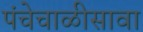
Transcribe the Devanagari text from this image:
पंचेचाळीसावा